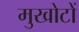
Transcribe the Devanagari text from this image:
मुखोटों